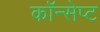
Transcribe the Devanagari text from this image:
कॉन्‍सेप्‍ट